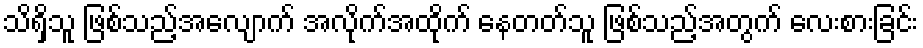
သိရှိသူ ဖြစ်သည့်အလျောက် အလိုက်အထိုက် နေတတ်သူ ဖြစ်သည့်အတွက် လေးစားခြင်း